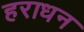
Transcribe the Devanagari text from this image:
हराधन